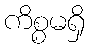
ကိစ္စမရှိ